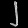
Digit: ၂